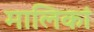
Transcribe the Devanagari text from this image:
मालिकां